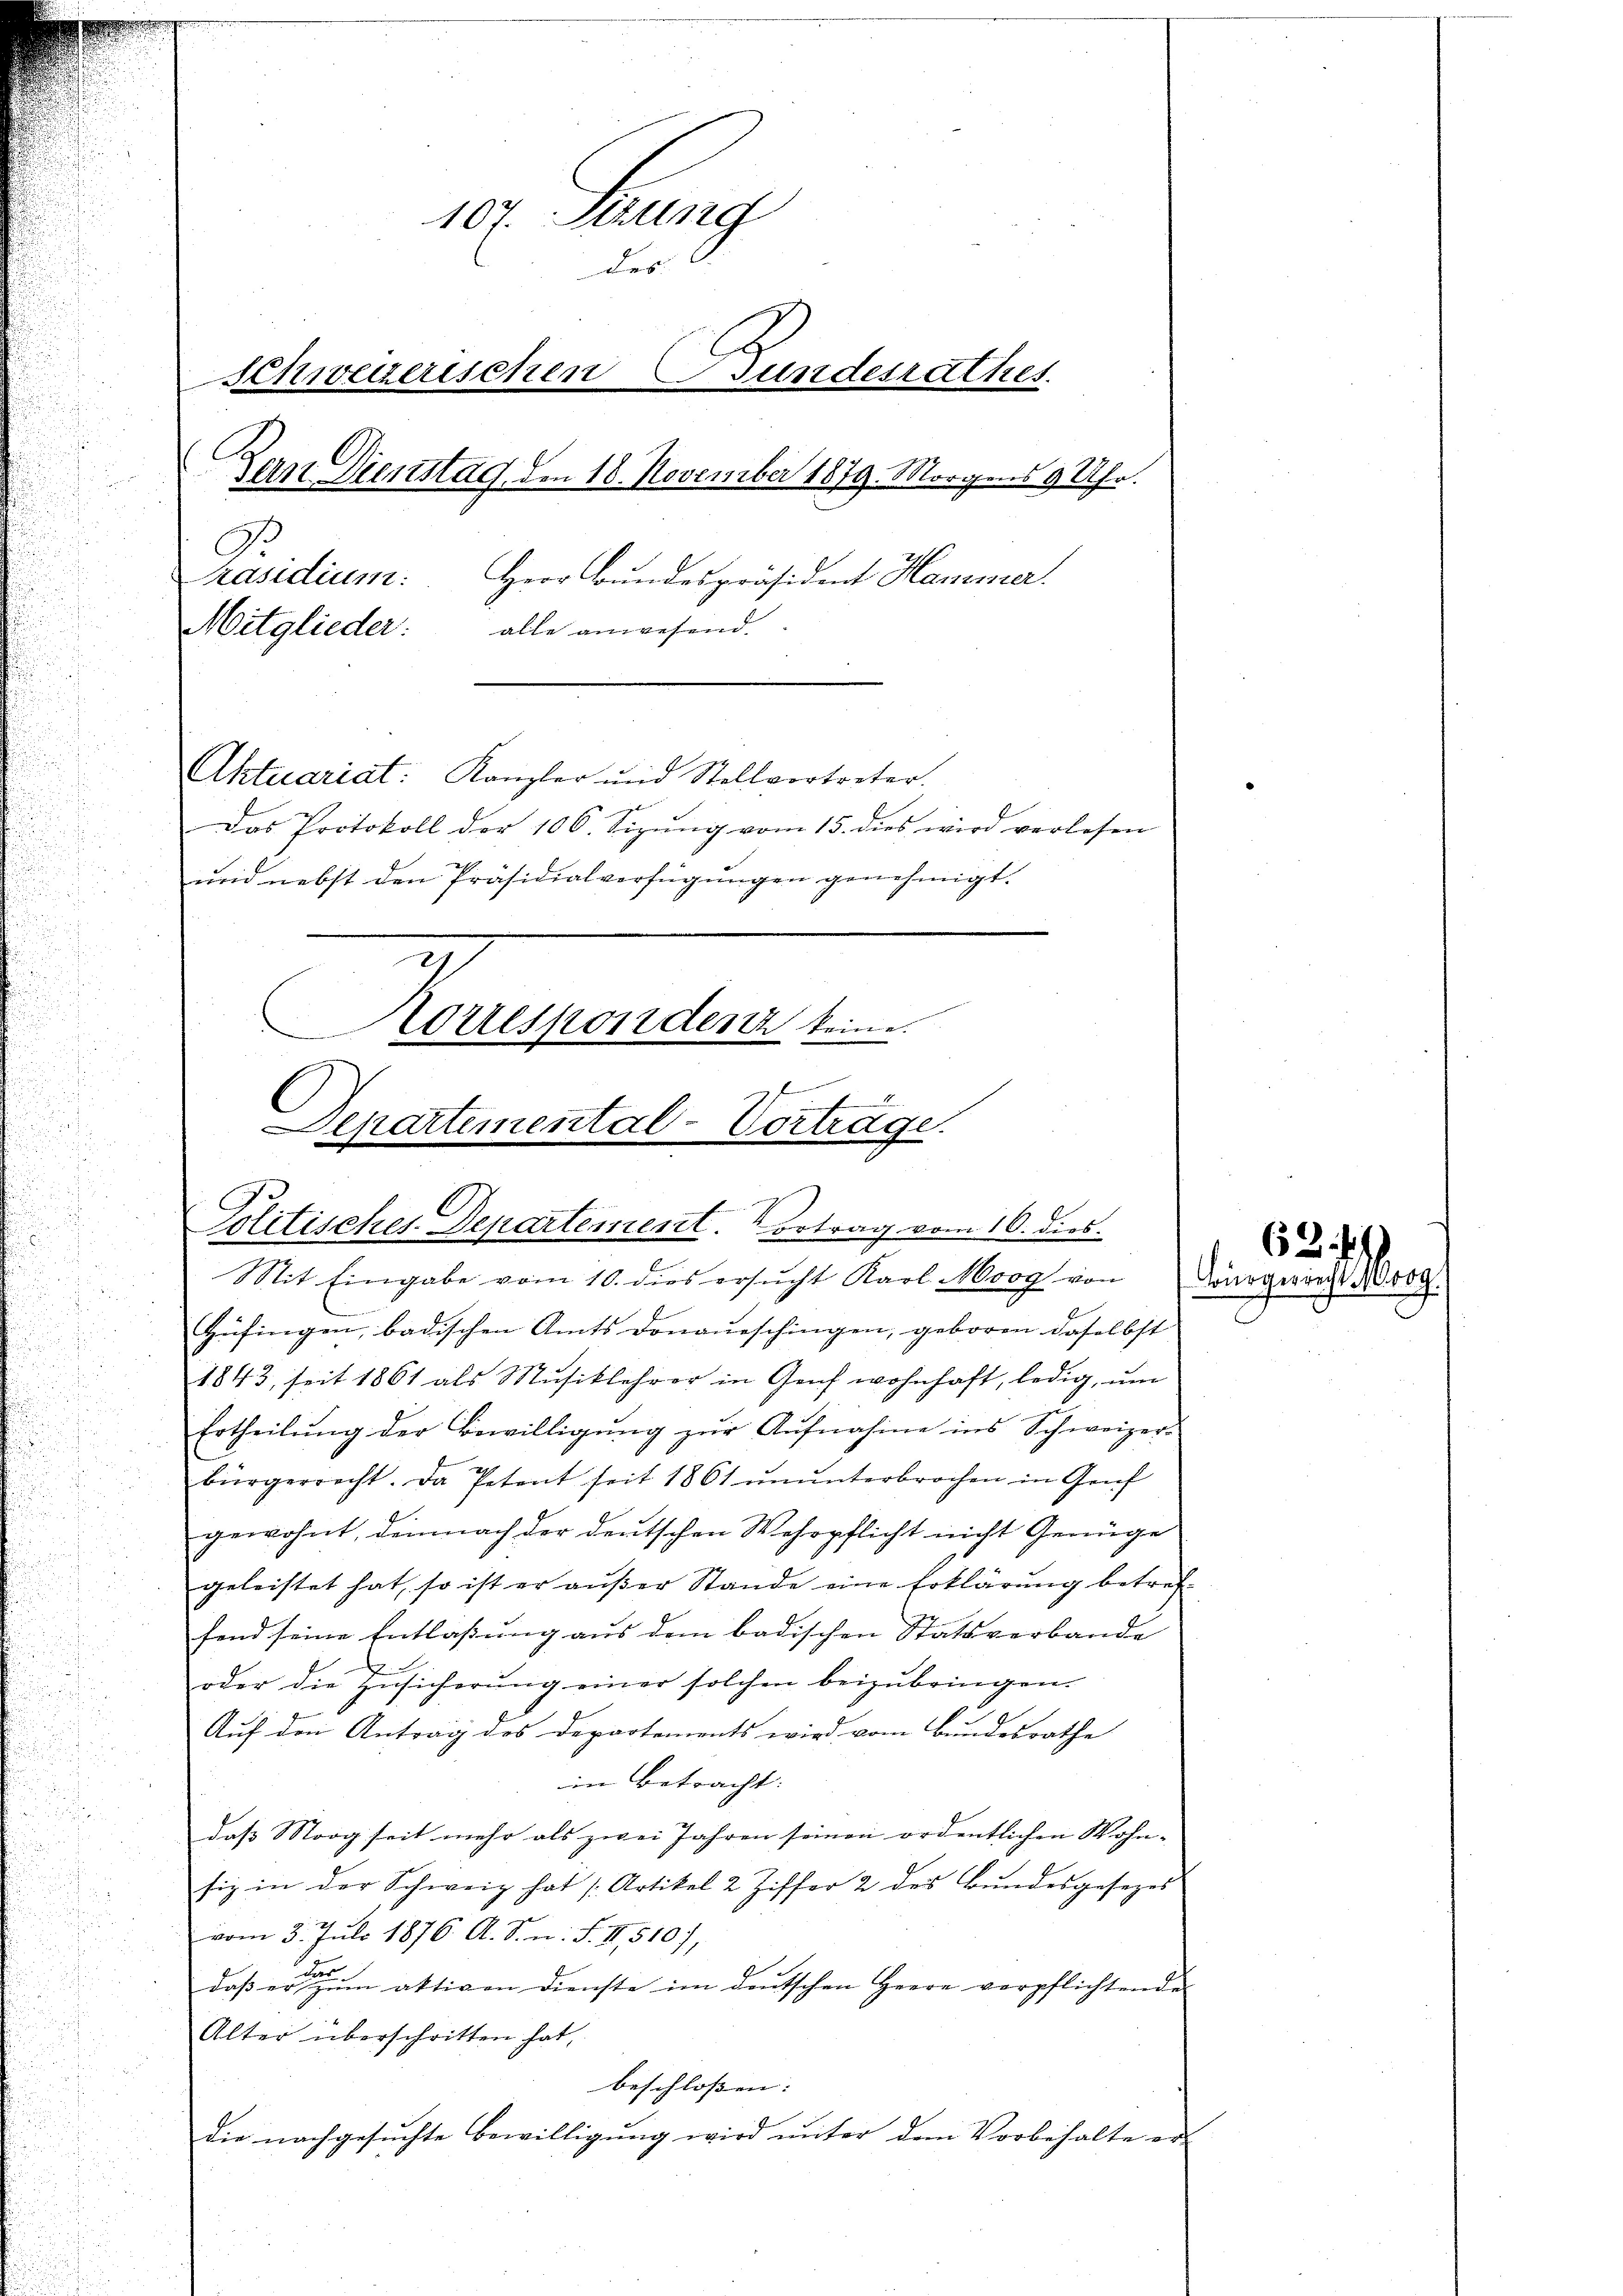
107. Sitzung
des
Schweizerischen Bundesrathes
A
dern Dienstag, den 18. November 1879. Morgens 9 Uhr.
Präsidium.
Herr Bundespräsident Hanemar
Mitglieder.
alle anwesend.
Aktuariat: Kanzler und Stellvertreter.
Das Protokoll der 106. Sizŭng vom 15. dies wird verlesen
und nebst den Präsidialverfügungen genehmigt.
Korresponden keine
f

Departemental-Vortrage.
Politisches Departement. Vortrag vom 10. dies

Mit Eingabe vom 10. dies ersŭcht Karl Moog von Bürgerrecht No. 80
Hüfingen, badischen Amts Donaueschingen, geboren daselbst
1843, seit 1861 als Musiklehrer in Genf wohnhaft, ledig, um
Ertheilŭng der Bewilligŭng zŭr Aŭfnahme ins Schweizer-
bürgerrecht. Da Petent seit 1861 ŭnŭnterbrochen in Graf
gewohnt, demnach der deutschen Wehrpflicht nicht Genüge
geleistet hat, so ist er aŭβer Stande eine Erklärung betref-
fend seine Entlaßung aus dem badischen Statsverbande
oder die Zusicherung einer solchen beizubringen.
Auf den Antrag des Departements wird vom Bundesrathe
in Betracht:
daß Morg seit mehr als zwei Jahren seinen ordentlichen Wohn- |
siz in der Schweiz hat (Artikel 2 Ziffer 2 des Bundesgesezes
vom 5. Juli 1876. A. S. n. F. II, 5107,
d
daß er zum aktiven Dienste im deutschen Herre verpflichtende
Alter überschritten hat,
beschlossen: |
die nachgesuchte Bewilligung wird unter dem Vorbehalte er

62. 4